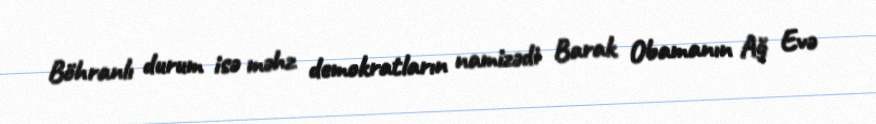
Böhranlı durum isə məhz demokratların namizədi Barak Obamanın Ağ Evə